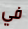
في